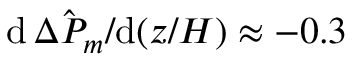
\mathrm { d } \, \hat { \Delta P _ { m } } / \mathrm { d } ( z / H ) \approx - 0 . 3